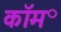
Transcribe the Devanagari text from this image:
कॉम॰